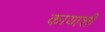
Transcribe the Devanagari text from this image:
कायाशीं